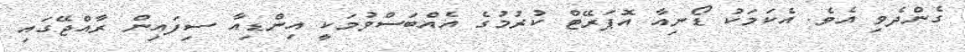
ގެންދެވި އެވެ. އެކަމަކު ޑޯނިއާ އޮޕަރޭޓް ކުރުމުގެ އެއްބަސްވުމަކީ އިންޑިއާ ސިފައިން ރާއްޖޭގައި